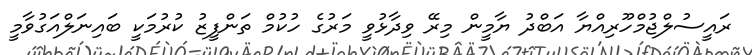
ރައީސުލްޖުމްހޫރިއްޔާ އަބްދު ޔާމީން މިރޭ ވިދާޅުވީ މަރުގެ ހުކުމް ތަންފީޒު ކުރުމަކީ ބައިނަލްއަގުވާމީ